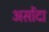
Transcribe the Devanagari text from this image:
असोंदा